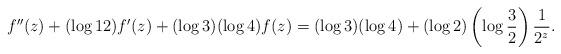
LaTeX: \begin{align*} f''(z)+(\log 12)f'(z)+(\log 3)(\log 4)f(z)=(\log 3)(\log 4) + (\log 2)\left(\log\frac32\right)\frac{1}{2^z}.\end{align*}